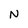
Character: N